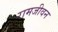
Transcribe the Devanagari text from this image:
रामजीवन